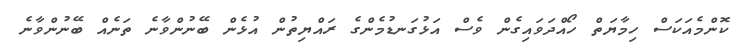
ކޮންމެއަކަސް ހިމާޔަތް ހޯއްދަވައިގެން ވެސް އަޅުގަނޑުމެންގެ ރައްޔިތުން އުޅެން ބޭނުންވާނެ ތަނެއް ބޭނުންވާނެ